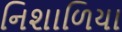
નિશાળિયા